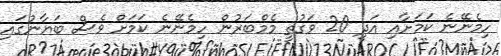
ހިމެނޭނެ ކަމަށާއި އަދި 20 ވަގުތީ މެމްބަރުން ހިމެނޭނެ ކަމަށް ވެސް ބަޔާނުގައި